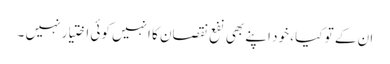
ان کے تو کیا ، خود اپنے بھی نفع نقصان کا انہیں کوئی اختیار نہیں ۔